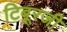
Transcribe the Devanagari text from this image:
टिबूरजी